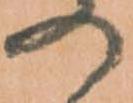
の